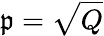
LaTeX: {\mathfrak{p}}={\sqrt{Q}}